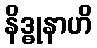
နိဒ္ဓုနာဟိ